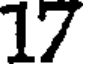
17